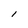
Character: 1